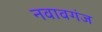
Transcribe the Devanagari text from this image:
नवावगंज